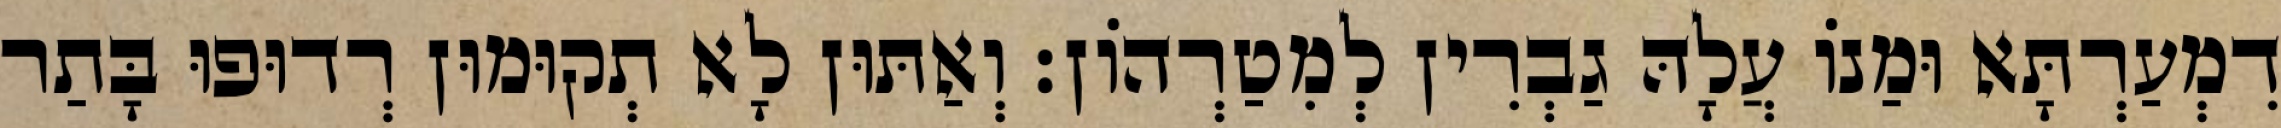
דִמְעַרְתָּא וּמַנוֹ עֲלָהּ גַבְרִין לְמִטַרְהוֹן׃ וְאַתּוּן לָא תְקוּמוּן רְדוּפוּ בָּתַר